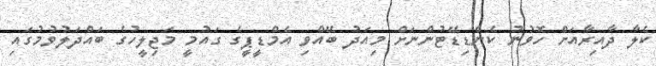
ކެލާ ދާއިރާއަށް ހޮވުނު ކެންޑިޑޭޓުންނަށް މިއަދު ބޭއްވި އެމްޑީޕީގެ ގައުމީ މަޖިލީހުގެ ބައްދަލުވުމުގައި